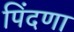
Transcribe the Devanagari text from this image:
पिंदणा